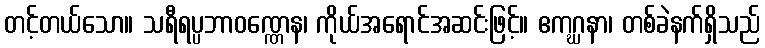
တင့်တယ်သော။ သရီရပ္ပဘာဝဏ္ဏေန၊ ကိုယ်အရောင်အဆင်းဖြင့်။ ဧကဂ္ဃနာ၊ တစ်ခဲနက်ရှိသည်